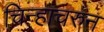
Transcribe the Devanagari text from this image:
चिन्हाचरुन